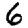
Digit: 6